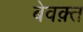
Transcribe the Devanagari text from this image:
बेवक़्त